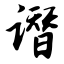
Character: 谮